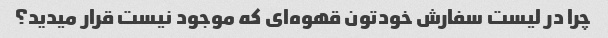
چرا در لیست سفارش خودتون قهوه‌ای که موجود نیست قرار میدید؟